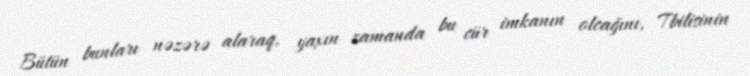
Bütün bunları nəzərə alaraq, yaxın zamanda bu cür imkanın olcağını, Tbilisinin